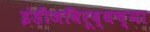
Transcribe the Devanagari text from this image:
इंडीजविरूद्धच्या